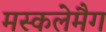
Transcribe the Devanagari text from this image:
मस्कलेमैग